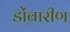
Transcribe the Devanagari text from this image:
डोंबारीण